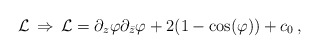
\begin{align*}{\cal L}\,\Rightarrow\,{\cal L}=\partial_z\varphi\partial_{\bar{z}}\varphi+2(1-\cos(\varphi))+c_0\,,\end{align*}